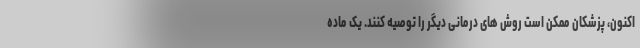
اکنون، پزشکان ممکن است روش های درمانی دیگر را توصیه کنند. یک ماده